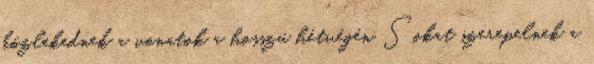
közlekednek a vonatok a hosszú hétvégén Sokat szerepelnek a